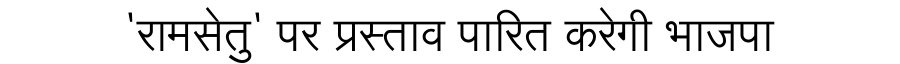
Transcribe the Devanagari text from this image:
'रामसेतु' पर प्रस्ताव पारित करेगी भाजपा